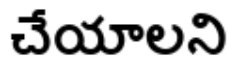
చేయాలని